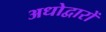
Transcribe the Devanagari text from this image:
अधोद्वारों